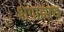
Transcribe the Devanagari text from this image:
शेंगाझाड